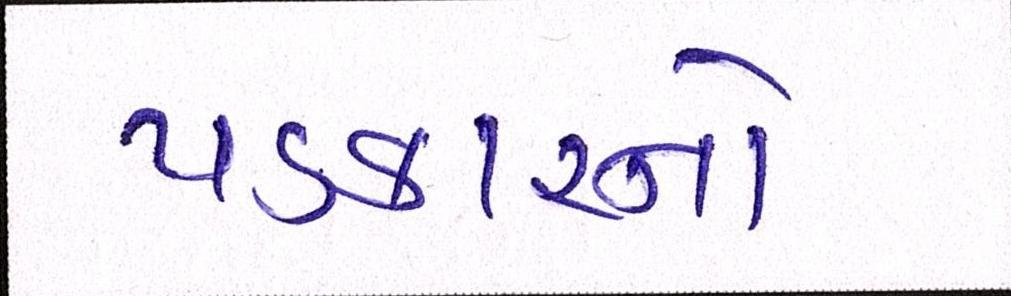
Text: પડકારનો